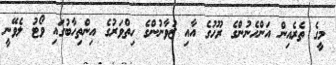
މީގެ ތެރެއިން އަންހެނުންގެ ރޫހުގެ އާއި ޒުވާނުންގެ ހިތްވަރުގެ އިންތިހާބުގައި ވޯޓު ލެވޭނީ